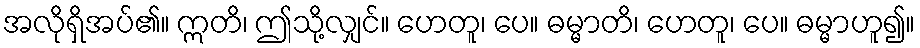
အလိုရှိအပ်၏။ ဣတိ၊ ဤသို့လျှင်။ ဟေတူ၊ ပေ။ ဓမ္မာတိ၊ ဟေတူ၊ ပေ။ ဓမ္မာဟူ၍။